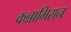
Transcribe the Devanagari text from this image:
कन्नाभिरान